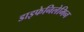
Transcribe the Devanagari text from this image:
डाइफेनिलेमिन